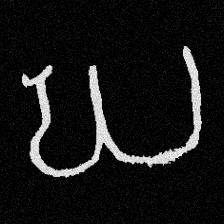
Pyu character \u2014 Myanmar letter: ဃ (romanized: gha)